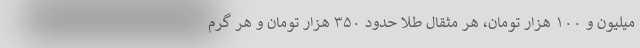
میلیون و ۱۰۰ هزار تومان، هر مثقال طلا حدود ۳۵۰ هزار تومان و هر گرم